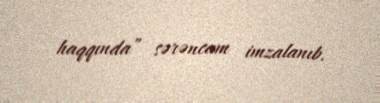
haqqında” sərəncam imzalanıb.